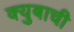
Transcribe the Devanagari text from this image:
क्युबाची